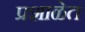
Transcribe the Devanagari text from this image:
प्रशाळेत